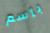
بأسم